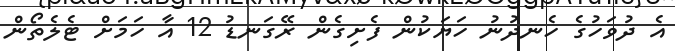
އެ ދުވަހުގެ ހެނދުނު ހަޔަކުން ފެށިގެން ރޭގަނޑު 12 އާ ހަމަށް ޓެލެތޯން